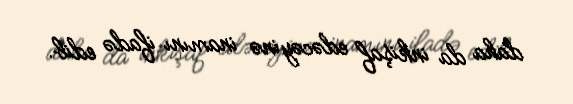
daha da inkişaf edəcəyinə inamını ifadə edib.